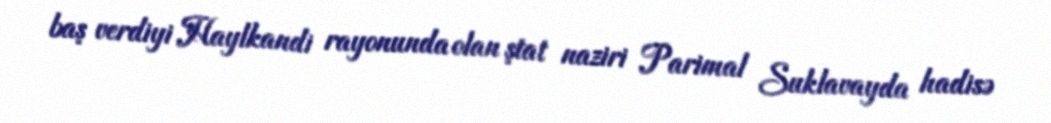
baş verdiyi Haylkandi rayonunda olan ştat naziri Parimal Suklavayda hadisə